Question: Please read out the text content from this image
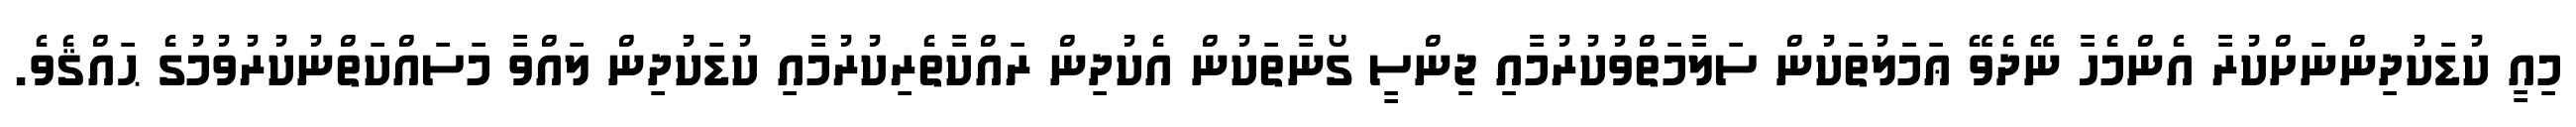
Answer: މިއީ ކުޑަކުދިންނަށްކުރާ އެންމެހާ ނޭދެވޭ ޢަމަލުތަކުން ސަލާމަތްވުކުރުމާއި ޖިންސީ ގޯނާތަކުން އެކުދިން ރައްކާތެރިކުރުމާއި ކުޑަކުދިން ލައްވާ މަސައްކަތްނުކުރުވުމުގެ ޙައްޤެވެ.